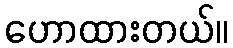
ဟောထားတယ်။